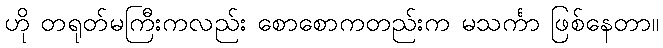
ဟို တရုတ်မကြီးကလည်း စောစောကတည်းက မသင်္ကာ ဖြစ်နေတာ။